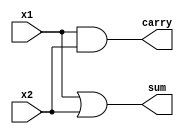
module approx_ha ( input x1, x2, output sum, carry );
  
  assign
      sum   = x1 | x2 , //sum calculation
      carry = x1 & x2 ; //carry calculation
    
endmodule